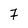
Character: 7